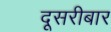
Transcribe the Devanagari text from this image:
दूसरीबार